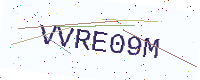
Text: VVRE09M